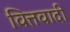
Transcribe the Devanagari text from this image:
वित्तवादी